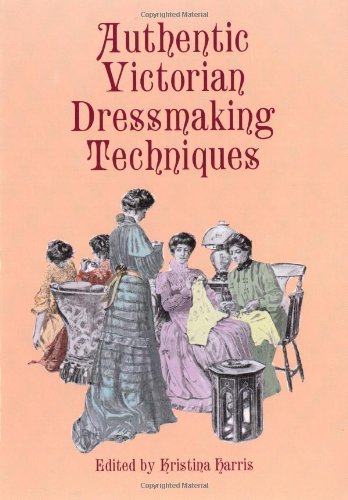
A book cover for Authentic Victorian Dressmaking Techniques; Crafts, Hobbies & Home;